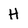
Character: H